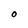
Character: O